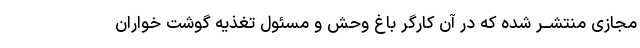
مجازى منتشــر شده که در آن کارگر باغ وحش و مسئول تغذیه گوشت خواران